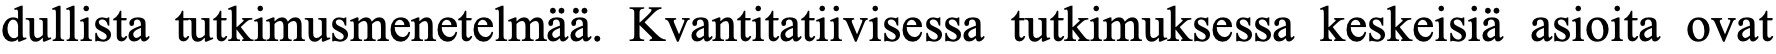
dullista tutkimusmenetelmää. Kvantitatiivisessa tutkimuksessa keskeisiä asioita ovat